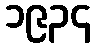
၁၉၃၄